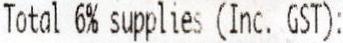
TOTAL 6% SUPPLIES (INC. GST):